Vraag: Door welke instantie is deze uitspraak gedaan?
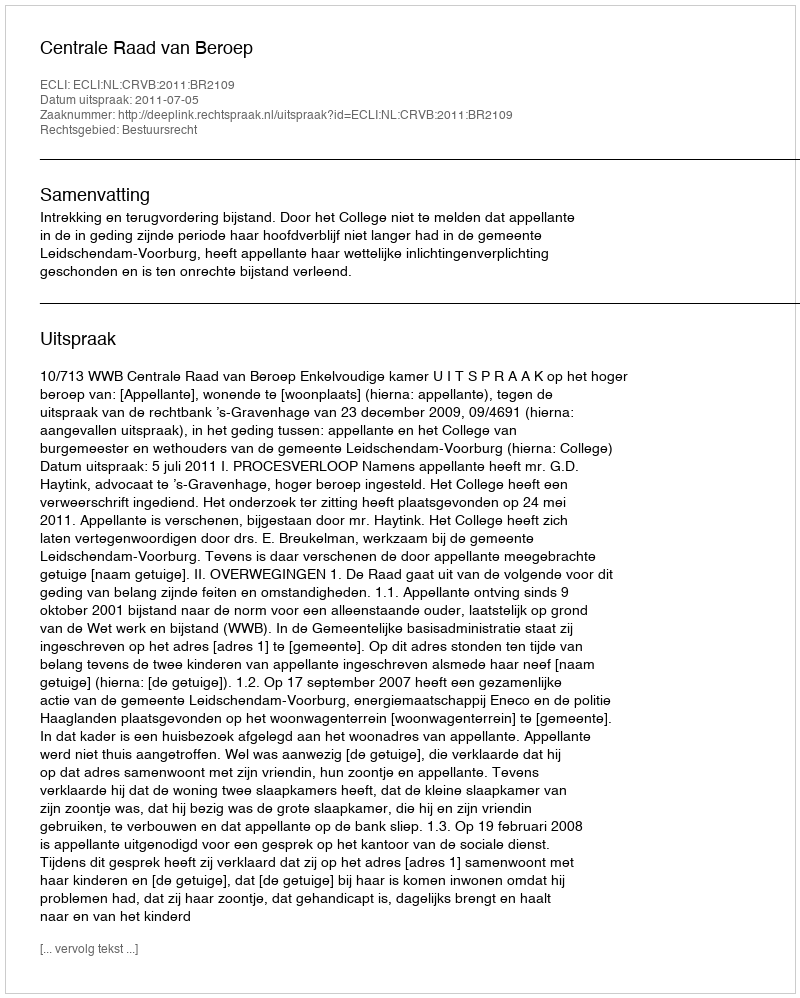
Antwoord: Centrale Raad van Beroep